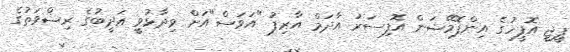
ޕީޖީ އޮފީހުގެ އިންފޮމޭޝަން އޮފިސަރު އާދަމް އާރިފު "އަވަސް"އަށް ވިދާޅުވީ އަދީބުގެ ރިޝްވަތުގެ